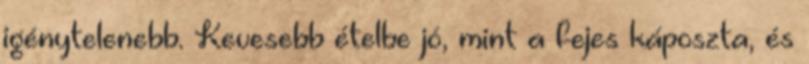
igénytelenebb. Kevesebb ételbe jó, mint a fejes káposzta, és